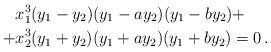
LaTeX: \begin{align*} & x_1^3(y_1 - y_2)(y_1 - ay_2)(y_1 - b y_2) + \\ +& x_2^3(y_1 + y_2)(y_1 + a y_2) (y_1 + b y_2) = 0 \, . \end{align*}